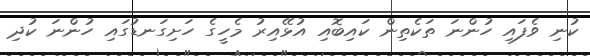
ކުނި ވެފައި ހުންނަ ތަކެތިން ކައިބޮއި އުޅޭއިރު މެހީގެ ހަށިގަނޑުގައި ހުންނަ ކުދި